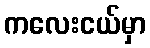
ကလေးငယ်မှာ